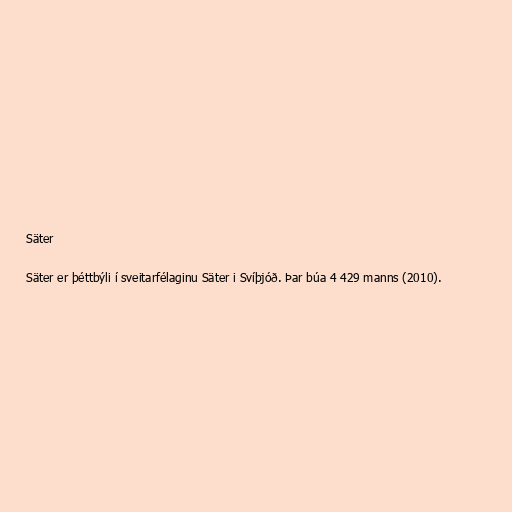
Säter

Säter er þéttbýli í sveitarfélaginu Säter i Svíþjóð. Þar búa 4 429 manns (2010).